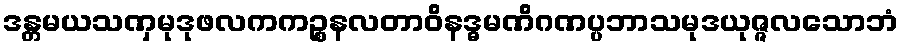
ဒန္တမယသဏှမုဒုဖလကကဉ္စနလတာဝိနဒ္ဓမဏိဂဏပ္ပဘာသမုဒယုဇ္ဇလသောဘံ